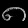
Digit: ၈